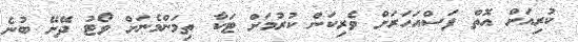
ކުރިއަށް އޮތް ފަސްއަހަރަށް ވެރިކަން ކުރުމަށް ޓަކާ ތިމަންމެނަށް ވޯޓު ދޭށޭ ބުނެ